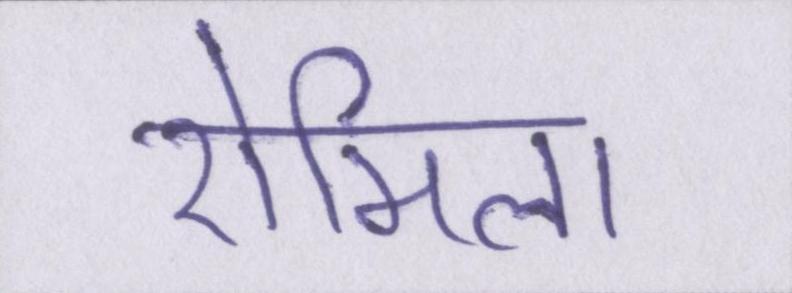
रोमिला